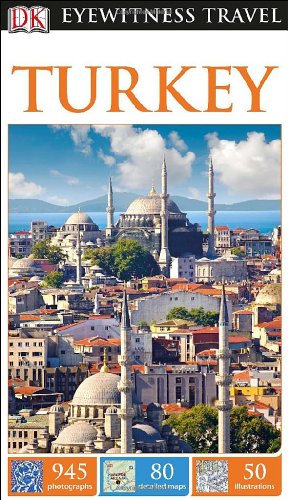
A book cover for DK Eyewitness Travel Guide: Turkey; DK Publishing; Travel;